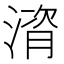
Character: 𪶻